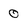
Character: 0